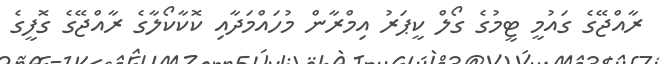
ރާއްޖޭގެ ގައުމީ ޓީމުގެ ގޯލް ކީޕަރު އިމްރާން މުހައްމަދާއި ކޮކާކޯލާގެ ރާއްޖޭގެ ގޮފީގެ